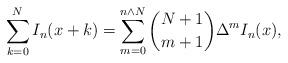
LaTeX: \begin{align*} \sum_{k=0}^N I_n(x+k)= \sum_{m=0}^{n\wedge N} \binom{N+1}{m+1} \Delta^m I_n(x),\end{align*}